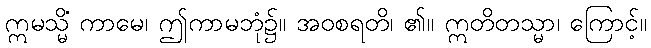
ဣမသ္မိံ ကာမေ၊ ဤကာမဘုံ၌။ အဝစရတိ၊ ၏။ ဣတိတသ္မာ၊ ကြောင့်။